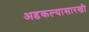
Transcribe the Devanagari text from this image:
अडकल्यासारखी